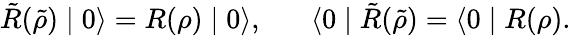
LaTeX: \tilde{R}(\tilde{\rho})\mid 0\rangle=R(\rho)\mid 0\rangle,\; \; \; \; \; \; \langle 0\mid\tilde{R}(\tilde{\rho})=\langle 0\mid R(\rho).